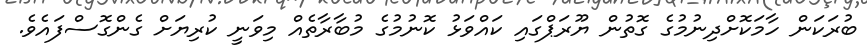
ބުރަކަން ހާމަކޮށްދިނުމުގެ ގޮތުން ޔޫރަޕްގައި ކައްވަޅު ކޮނުމުގެ މުބާރާތެއް މިވަނީ ކުރިޔަށް ގެންގޮސްފައެވެ.